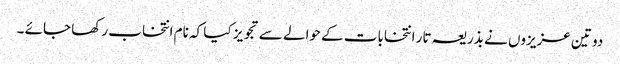
دو تین عزیزوں نے بذریعہ تار انتخابات کے حوالے سے تجویز کیا کہ نام انتخاب رکھا جائے ۔